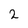
Character: 2